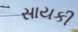
સાયકી